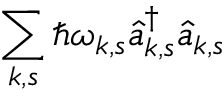
\sum _ { { \boldsymbol { k } } , s } \hbar \omega _ { { \boldsymbol { k } } , s } \hat { a } _ { { \boldsymbol { k } } , s } ^ { \dagger } \hat { a } _ { { \boldsymbol { k } } , s }